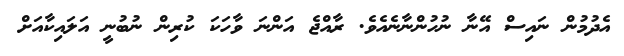
އެދުމުން ނައިސް އޭނާ ނުހުންނާނެއެވެ. ރާއްޖެ އަންނަ ވާހަކަ ކުރިން ނުބުނީ އަލައިކާއަށް